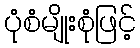
ပုံစံမျိုးစုံဖြင့်